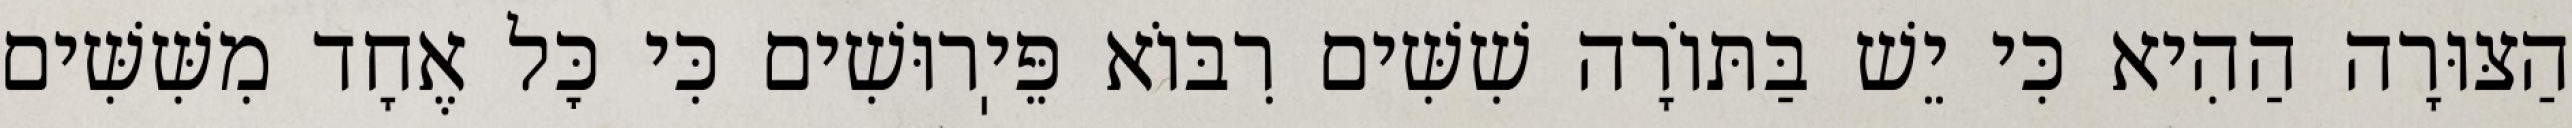
הַצּוּרָה הַהִיא כִּי יֵשׁ בַּתּוֹרָה שִׁשִּׁים רִבּוֹא פֵּיֽרוּשִׁים כִּי כׇּל אֶחָד מִשִּׁשִּׁים